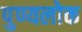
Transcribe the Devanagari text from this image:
पुण्यलोक